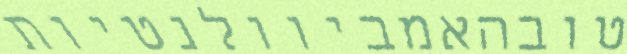
טובהאמביוולנטיות